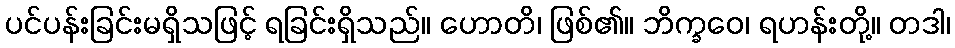
ပင်ပန်းခြင်းမရှိသဖြင့် ရခြင်းရှိသည်။ ဟောတိ၊ ဖြစ်၏။ ဘိက္ခဝေ၊ ရဟန်းတို့။ တဒါ၊